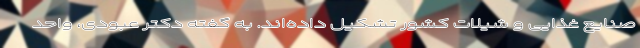
صنایع غذایی و شیلات کشور تشکیل داده‌اند. به گفته دکتر عبودی، واحد